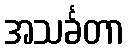
အသင်္ခတာ